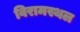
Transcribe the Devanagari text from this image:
विरामस्थल